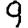
Digit: 9